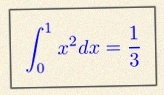
\int_0^1 x^2dx=\frac13